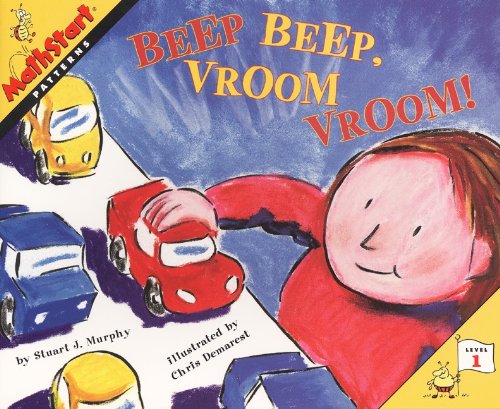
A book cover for Beep, Beep, Vroom, Vroom! (Turtleback School & Library Binding Edition) (Mathstart: Level 1 (Prebound)); Stuart J. Murphy; Science & Math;